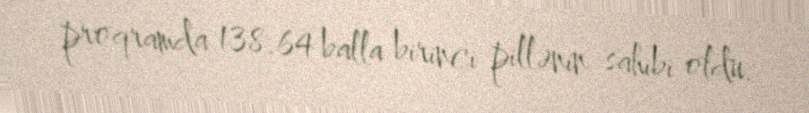
proqramda 138.64 balla birinci pillənin sahibi oldu.